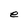
Character: e